Annual report of the Punjab Veterinary College and of the Civil Veterinary Department, Punjab - 1926-1932
Year: 1926
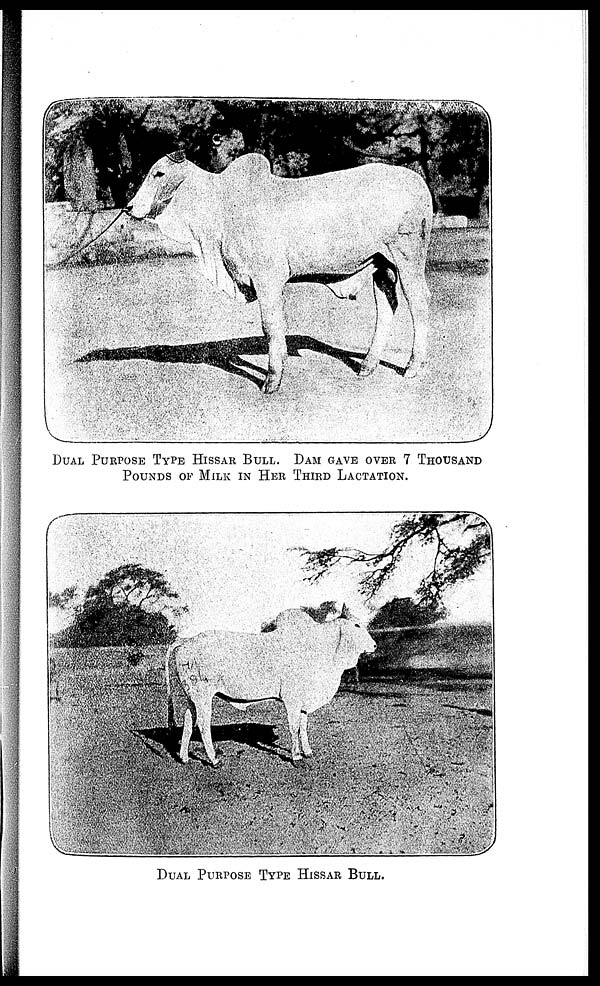
DUAL PURPOSE TYPE HISSAR BULL. DAM GAVE OVER 7 THOUSAND
POUNDS OF MILK IN HER THIRD LACTATION.
DUAL PURPOSE TYPE HISSAR BULL.